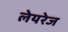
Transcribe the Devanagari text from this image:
लेयरेज